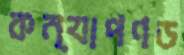
কন্যাপণড